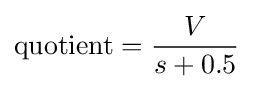
{\text{quotient}}={\frac {V}{s+0.5}}